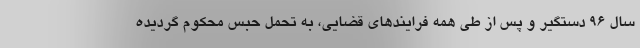
سال ۹۶ دستگیر و پس از طی همه فرایندهای قضایی، به تحمل حبس محکوم گردیده